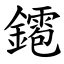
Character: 䥤